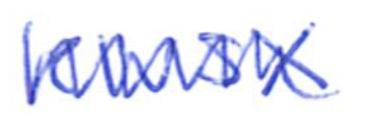
Text: KWSX
Cross-out: zig-zag
Writing tool: ballpoint